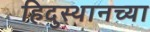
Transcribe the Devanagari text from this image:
हिदुस्थानच्या